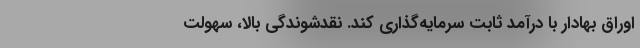
اوراق بهادار با درآمد ثابت سرمایه‌گذاری کند. نقدشوندگی بالا، سهولت